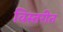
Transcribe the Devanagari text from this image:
विस्तरीत